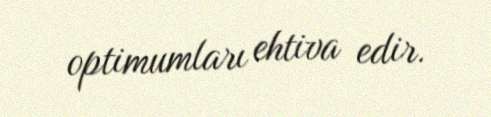
optimumları ehtiva edir.